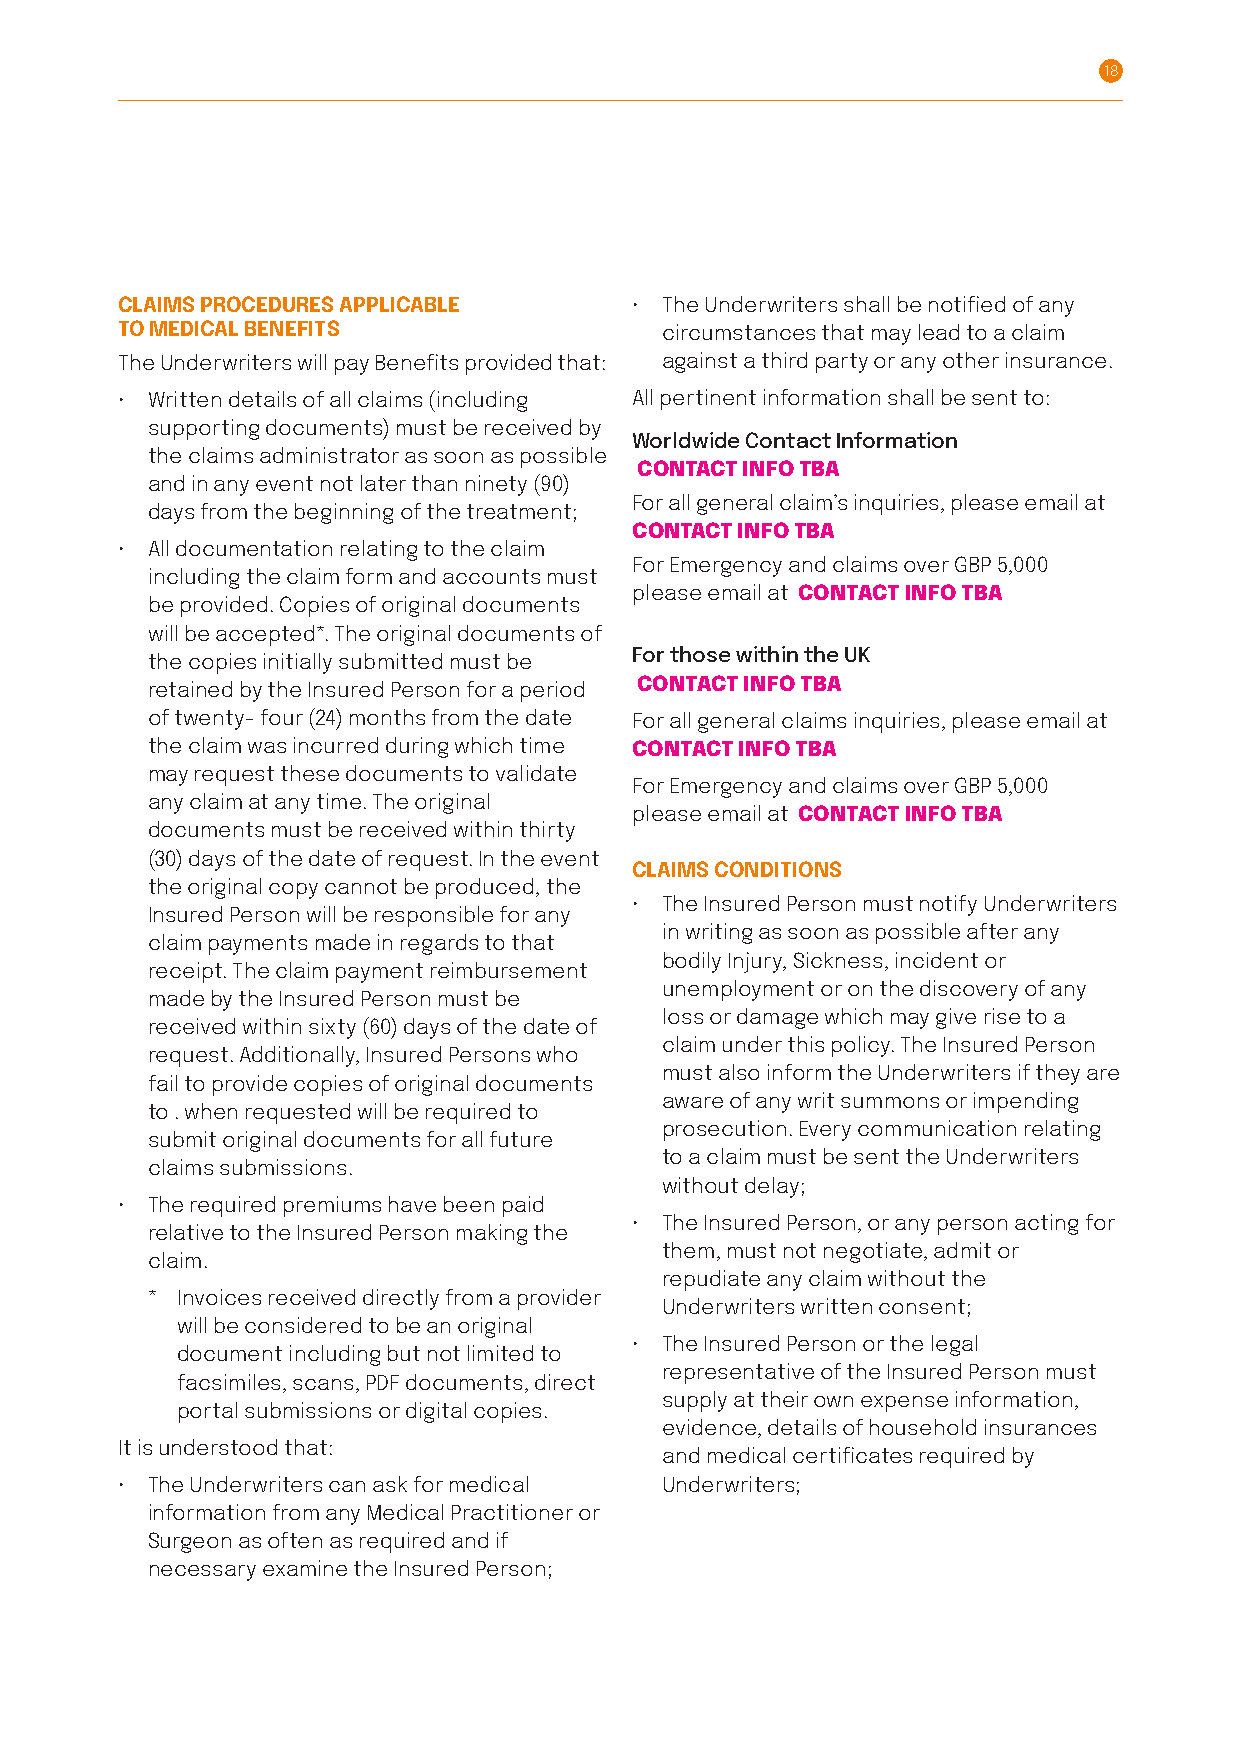
18
 CLAIMS PROCEDURES APPLICABLE      • The Underwriters shall be notified of any
 TO MEDICAL BENEFITS                 circumstances that may lead to a claim
 The Underwriters will pay Benefits provided that: against a third party or any other insurance.
 • Written details of all claims (including All pertinent information shall be sent to:
 supporting documents) must be received by
 Worldwide Contact Information
 the claims administrator as soon as possible
 CONTACT INFO TBA
 and in any event not later than ninety (90)
 For all general claim’s inquiries, please email at
 days from the beginning of the treatment;
 CONTACT INFO TBA
 • All documentation relating to the claim
 For Emergency and claims over GBP 5,000
 including the claim form and accounts must
 please email at CONTACT INFO TBA
 be provided. Copies of original documents
 will be accepted*. The original documents of
 the copies initially submitted must be For those within the UK
 retained by the Insured Person for a period CONTACT INFO TBA
 of twenty- four (24) months from the date For all general claims inquiries, please email at
 the claim was incurred during which time CONTACT INFO TBA
 may request these documents to validate
 For Emergency and claims over GBP 5,000
 any claim at any time. The original
 please email at CONTACT INFO TBA
 documents must be received within thirty
 (30) days of the date of request. In the event
 CLAIMS CONDITIONS
 the original copy cannot be produced, the
 • The Insured Person must notify Underwriters
 Insured Person will be responsible for any
 in writing as soon as possible after any
 claim payments made in regards to that
 bodily Injury, Sickness, incident or
 receipt. The claim payment reimbursement
 unemployment or on the discovery of any
 made by the Insured Person must be
 loss or damage which may give rise to a
 received within sixty (60) days of the date of
 claim under this policy. The Insured Person
 request. Additionally, Insured Persons who
 must also inform the Underwriters if they are
 fail to provide copies of original documents
 aware of any writ summons or impending
 to . when requested will be required to
 prosecution. Every communication relating
 submit original documents for all future
 to a claim must be sent the Underwriters
 claims submissions.
 without delay;
 • The required premiums have been paid
 • The Insured Person, or any person acting for
 relative to the Insured Person making the
 them, must not negotiate, admit or
 claim .
 repudiate any claim without the
 * I nvoices received directly from a provider
 Underwriters written consent;
 will be considered to be an original
 • The Insured Person or the legal
 document including but not limited to
 representative of the Insured Person must
 facsimiles, scans, PDF documents, direct
 supply at their own expense information,
 portal submissions or digital copies.
 evidence, details of household insurances
 It is understood that:
 and medical certificates required by
 • The Underwriters can ask for medical Underwriters;
 information from any Medical Practitioner or
 Surgeon as often as required and if
 necessary examine the Insured Person;